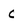
Character: C